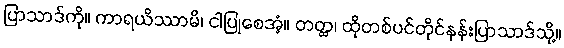
ပြာသာဒ်ကို။ ကာရယိဿာမိ၊ ငါပြုစေအံ့။ တတ္ထ၊ ထိုတစ်ပင်တိုင်နန်းပြာသာဒ်သို့။